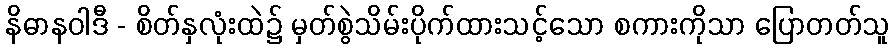
နိဓာနဝါဒီ - စိတ်နှလုံးထဲ၌ မှတ်စွဲသိမ်းပိုက်ထားသင့်သော စကားကိုသာ ပြောတတ်သူ